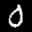
Label: 0